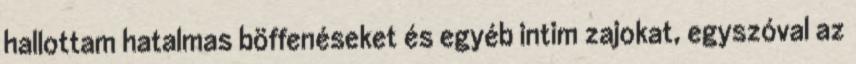
hallottam hatalmas böf­fenéseket és egyéb intim zajo­kat, egyszóval az